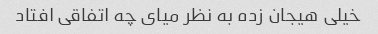
خیلی هیجان زده به نظر میای چه اتفاقی افتاد